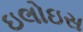
ઇલોઇસ